Report on plague in the Punjab from October 1st ... to September 30th ..., being the ... season of plague in the province
Disease focus: Plague
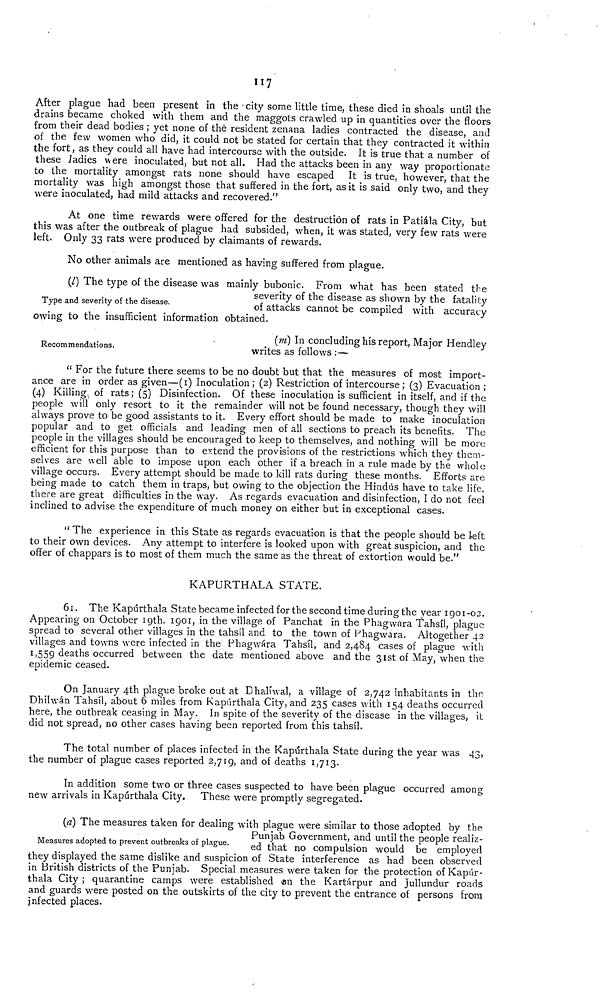
117
After plague had been present in the city some little time, these died in shoals until the
drains became choked with them and the maggots crawled up in quantities over the floors
from their dead bodies ; yet none of the resident zenana ladies contracted the disease, and
of the few women who did, it could not be stated for certain that they contracted it within
the fort, as they could all have had intercourse with the outside. It is true that a number of
these ladies were inoculated, but not all. Had the attacks been in any way proportionate
to the mortality amongst rats none should have escaped It is true, however, that the
mortality was high amongst those that suffered in the fort, as it is said only two, and they
were inoculated, had mild attacks and recovered."
At one time rewards were offered for the destruction of rats in Patiála City, but
this was after the outbreak of plague had subsided, when, it was stated, very few rats were
left. Only 33 rats were produced by claimants of rewards.
No other animals are mentioned as having suffered from plague.
Type and severity of the disease.
(l) The type of the disease was mainly bubonic. From what has been stated the
seventy of the disease as shown by the fatality
of attacks cannot be compiled with accuracy
owing to the insufficient information obtained.
Recommendations.
(m) In concluding his report, Major Hendley
writes as follows :—
" For the future there seems to be no doubt but that the measures of most import-
ance are in order as given—(I) Inoculation; (2) Restriction of intercourse; (3) Evacuation ;
(4) Killing, of rats; (5) Disinfection. Of these inoculation is sufficient in itself, and if the
people will only resort to it the remainder will not be found necessary, though they will
always prove to be good assistants to it. Every effort should be made to make inoculation
popular and to get officials and leading men of all sections to preach its benefits. The
people in the villages should be encouraged to keep to themselves, and nothing will be more
efficient for this purpose than to extend the provisions of the restrictions which they them-
selves are well able to impose upon each other if a breach in a rule made by the whole
village occurs. Every attempt should be made to kill rats during these months. Efforts are
being made to catch them in traps, but owing to the objection the Hindús have to take life,
there are great difficulties in the way. As regards evacuation and disinfection, I do not feel
inclined to advise the expenditure of much money on either but in exceptional cases.
" The experience in this State as regards evacuation is that the people should be left
to their own devices. Any attempt to interfere is looked upon with great suspicion, and the
offer of chappars is to most of them much the same as the threat of extortion would be."
KAPURTHALA STATE.
61. The Kapúrthala State became infected for the second time during the year 1901-02.
Appearing on October 19th, 1901, in the village of Panchat in the Phagwara Tahsil, plague
spread to several other villages in the tahsil and to the town of Phagwara. Altogether 42
villages and towns were infected in the Phagwára Tahsil, and 2,484 cases of plague with
1,559 deaths occurred between the date mentioned above and the 31st of May, when the
epidemic ceased.
On January 4th plague broke out at Dhaliwal, a village of 2,742 inhabitants in the.
Dhilwán Tahsil, about 6 miles from Kapúrthala City, and 235 cases with 154 deaths occurred
here, the outbreak ceasing in May. In spite of the severity of the disease in the villages, it
did not spread, no other cases having been reported from this tahsil.
The total number of places infected in the Kapúrthala State during the year was 43,
the number of plague cases reported 2,719, and of deaths 1,713.
In addition some two or three cases suspected to have been plague occurred among
new arrivals in Kapúrthala City. These were promptly segregated.
Measures adopted to prevent outbreaks of plague.
(a) The measures taken for dealing with plague were similar to those adopted by the
Punjab Government, and until the people realiz-
ed that no compulsion would be employed
they displayed the same dislike and suspicion of State interference as had been observed
in British districts of the Punjab. Special measures were taken for the protection of Kapúr-
thala City ; quarantine camps were established on the Kartárpur and Jullundur roads
and guards were posted on the outskirts of the city to prevent the entrance of persons from
infected places.